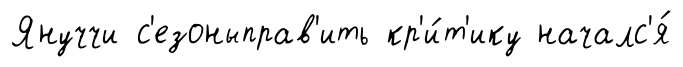
Януччи с'езоныправ'ить кр'и́т'ику началс'я́